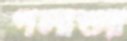
পলাশুর